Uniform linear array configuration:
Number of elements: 48
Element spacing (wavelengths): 0.75
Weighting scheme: binomial
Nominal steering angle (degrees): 60
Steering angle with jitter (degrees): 60.992
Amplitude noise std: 0.05
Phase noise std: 0.05

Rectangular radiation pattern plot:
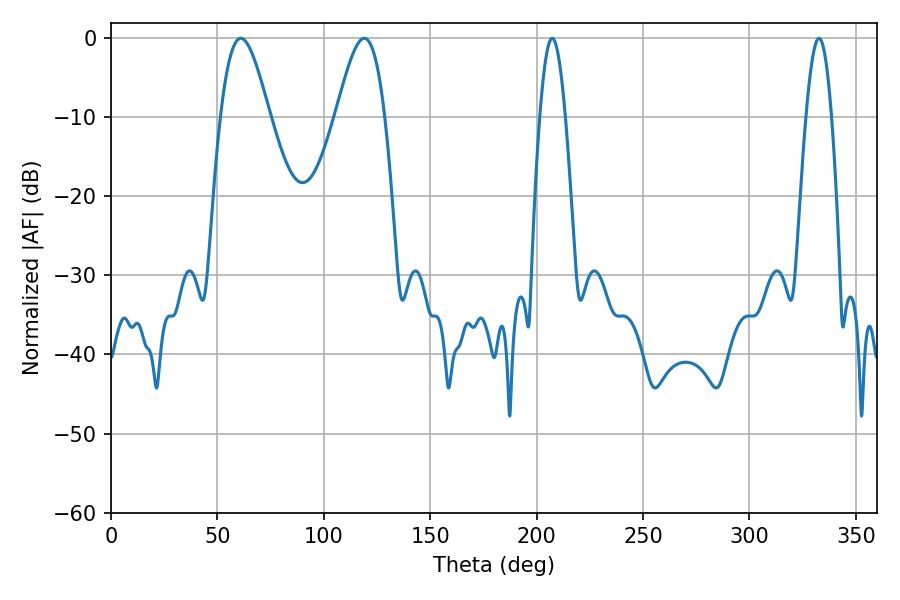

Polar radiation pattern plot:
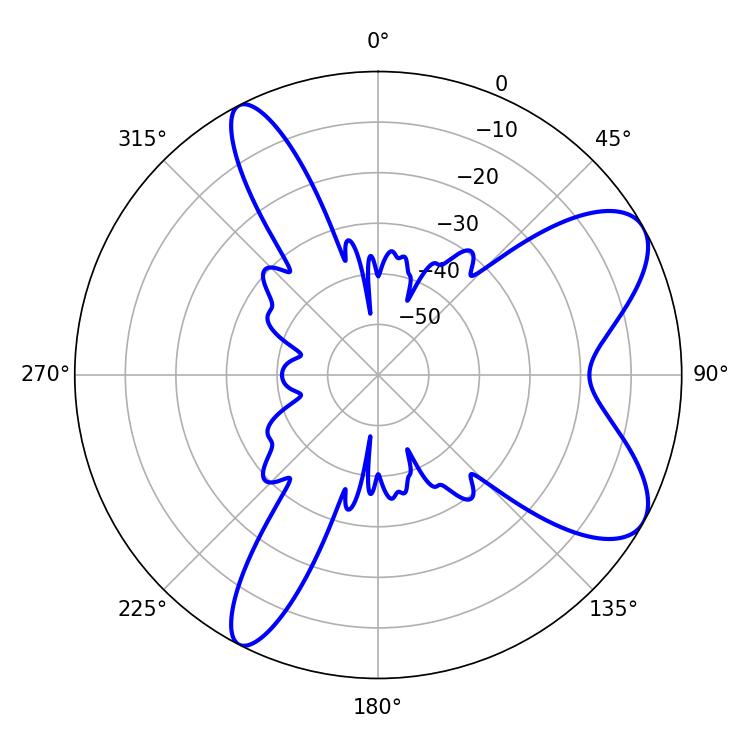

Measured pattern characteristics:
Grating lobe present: TRUE
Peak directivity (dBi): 8.098
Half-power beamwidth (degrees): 12.24
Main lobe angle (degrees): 61.02